Leningradi_Edasi_toimetus, lk 109
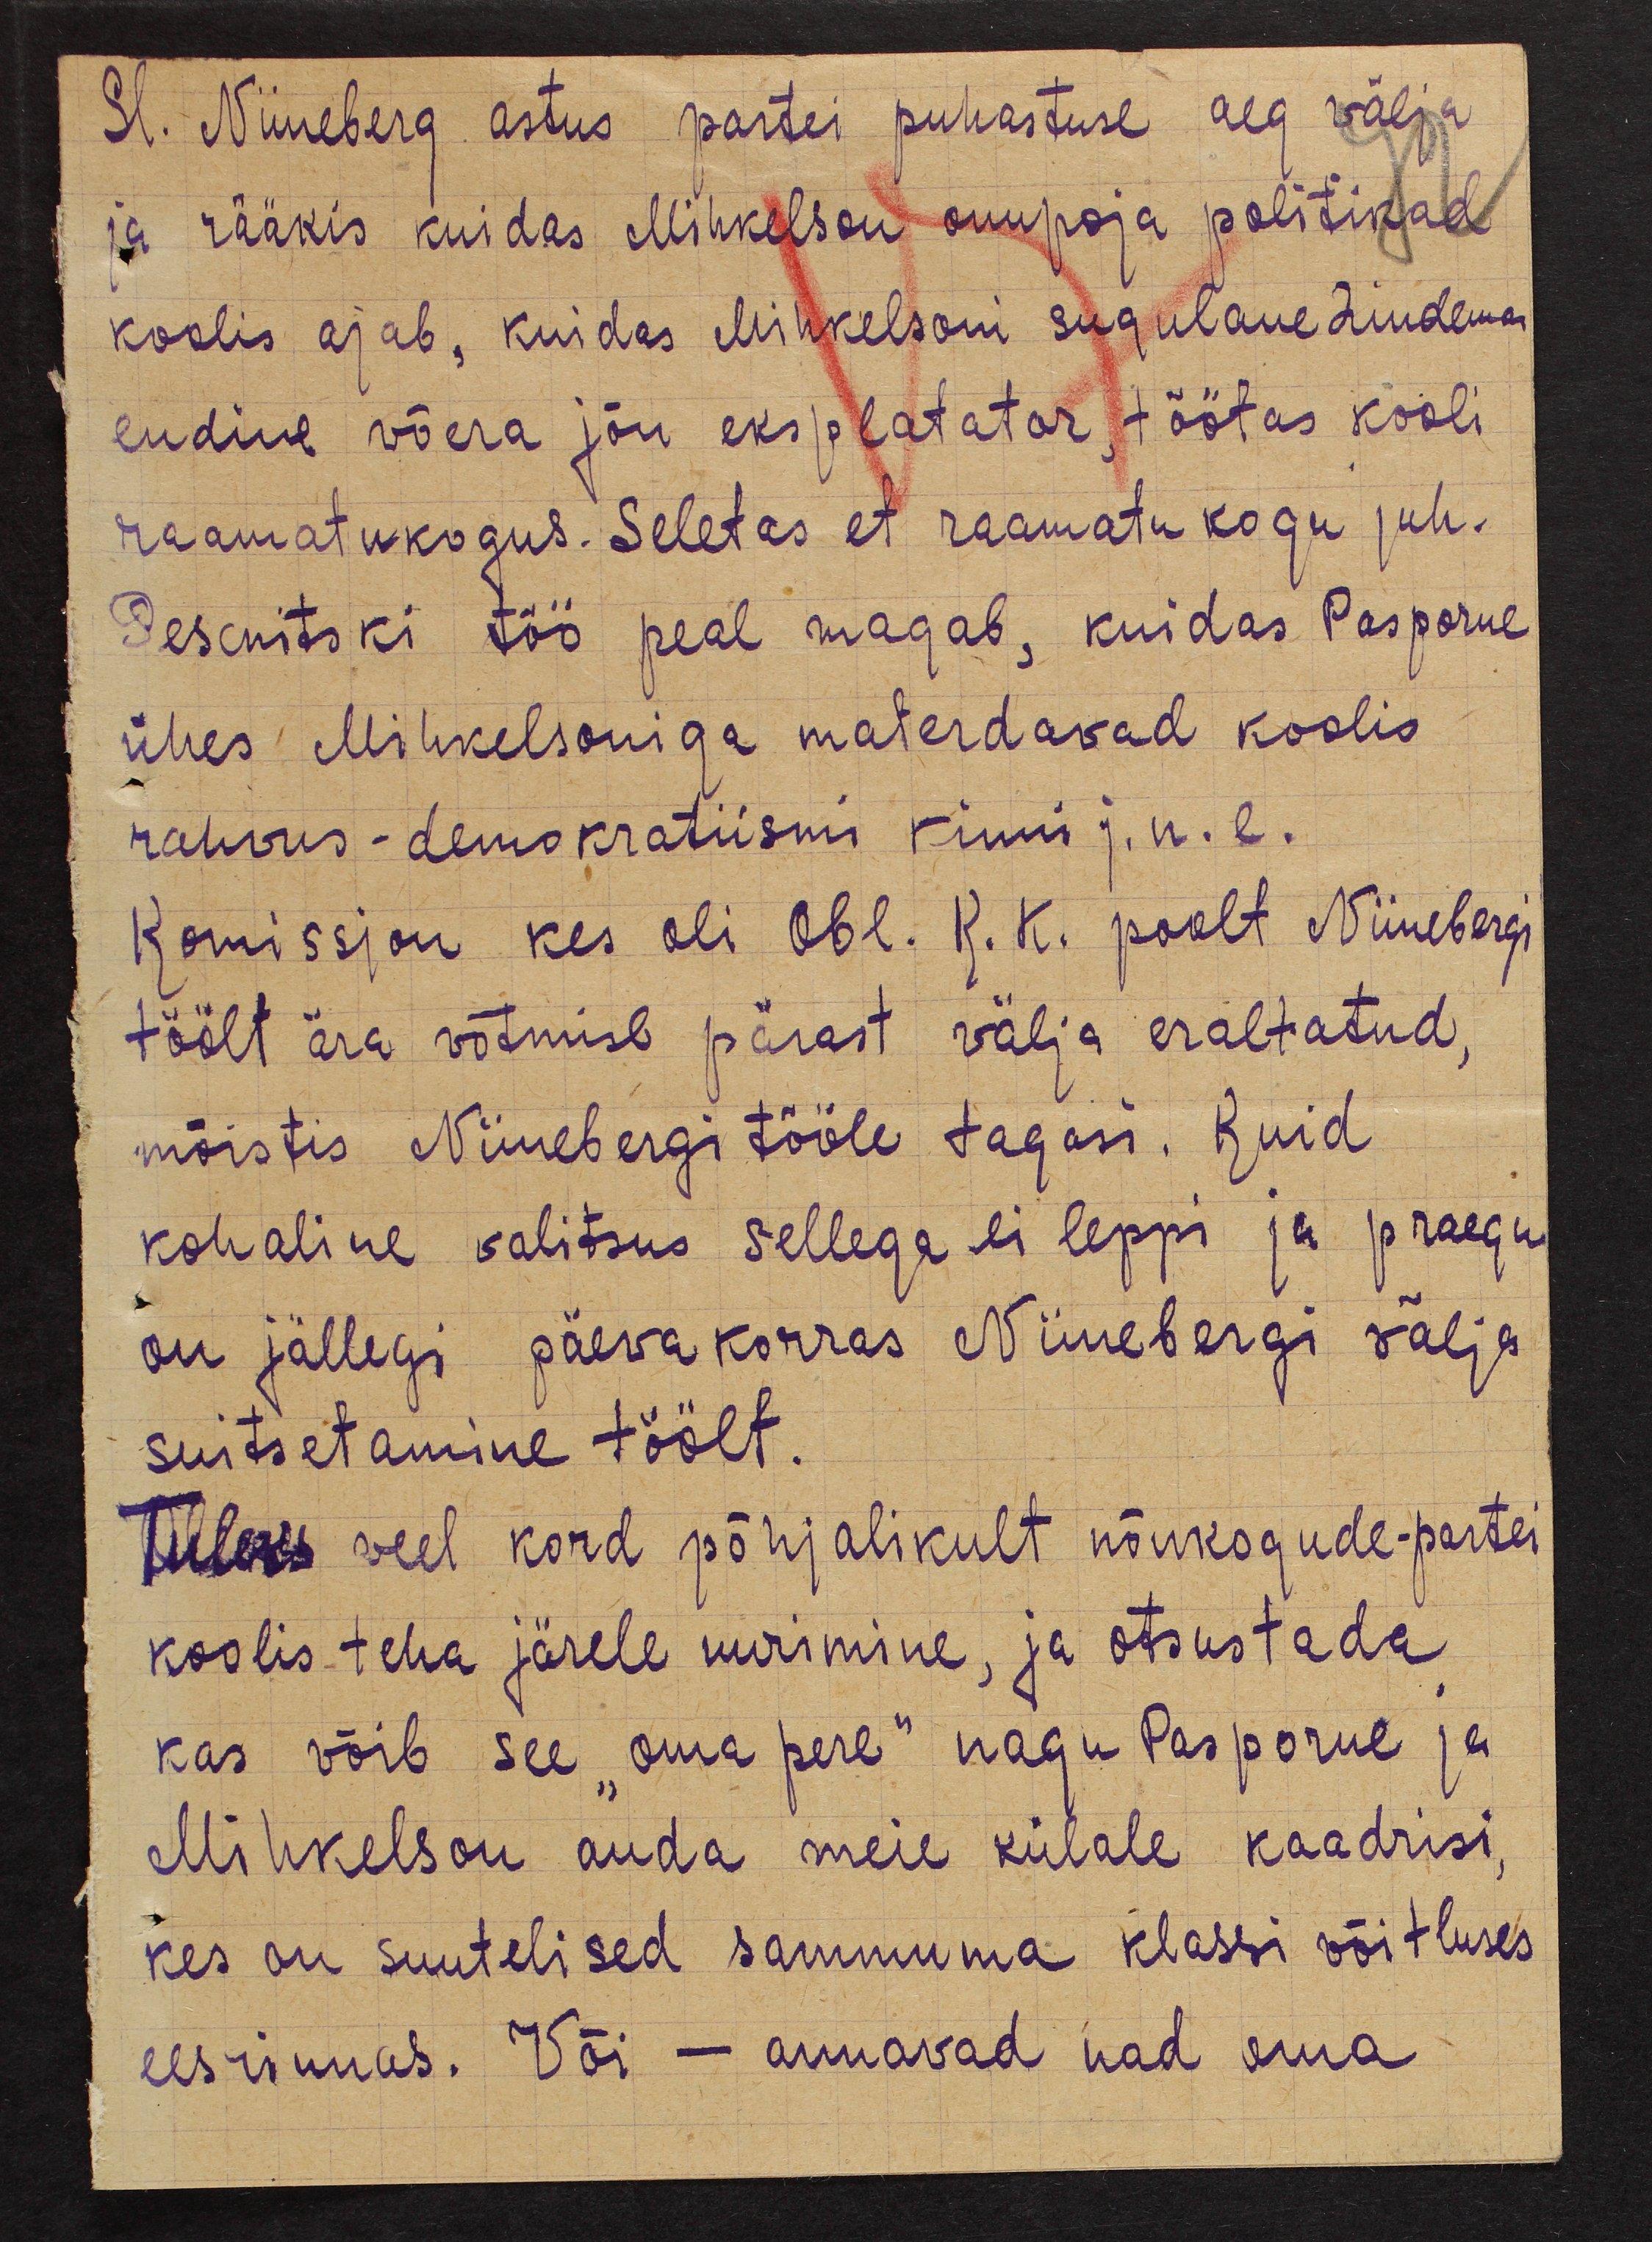
Sl. Niineberg astus partei puhastuse aeg välja
ja rääkis kuidas Mihkelson onupoja politikad
koolis ajab, kuidas Mihkelsoni sugulane Lindeman
endine võera jõu eksplatator, töötas kooli
raamatukogus. Seletas et raamatukogu juh.
Peschnitski töö peal magab, kuidas Pasporne
ühes Mihkelsoniga materdavad koolis
rahvus-demokratiismi kinni j.n.e.
Komissjon kes oli Obl. K.K. poolt Niinebergi
töölt ära võtmise pärast välja eraltatud,
mõistis Niinebergi tööle tagasi. Kuid
kohaline valitsus sellega ei leppi ja praegu
on jällegi päevakorras Niinebergi välja
suitsetamine töölt.
Tuleks veel kord põhjalikult nõukogude - partei
koolis teha järele uurimine, ja otsustada
kas võib see "oma pere" nagu Pasporne ja
Mihkelson anda meie külale kaadrisi,
kes on suutelised sammuma klassi võitluses
eesrinnas. Või - annavad nad oma